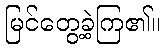
မြင်တွေ့ခဲ့ကြ၏။